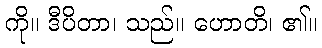
ကို။ ဒီပိတာ၊ သည်။ ဟောတိ၊ ၏။